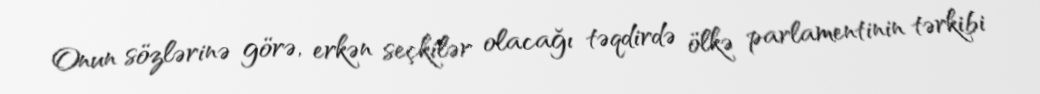
Onun sözlərinə görə, erkən seçkilər olacağı təqdirdə ölkə parlamentinin tərkibi